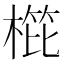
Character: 𣖰